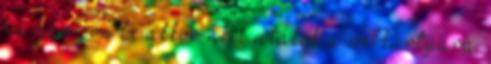
ha nem jön be akkor nem utalok a webkártyára